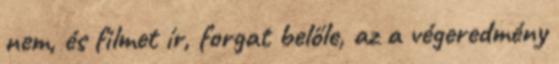
nem, és filmet ír, forgat belőle, az a végeredmény